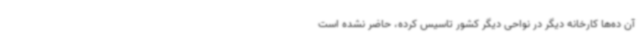
آن ده‌ها کارخانه دیگر در نواحی دیگر کشور تاسیس کرده، حاضر نشده است